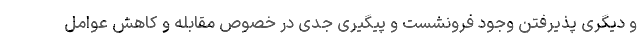
و دیگری پذیرفتن وجود فرونشست و پیگیری جدی در خصوص مقابله و کاهش عوامل